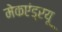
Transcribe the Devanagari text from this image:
मेकएंड्रयू